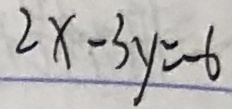
2 x - 3 y = - 6